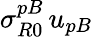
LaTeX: \sigma_{R0}^{pB}\, u_{pB}